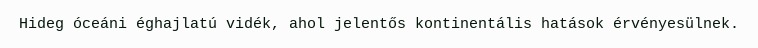
Hideg óceáni éghajlatú vidék, ahol jelentős kontinentális hatások érvényesülnek.